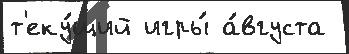
т'еку́щий игры́ а́вгуста